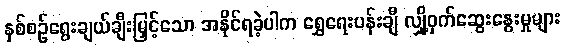
နှစ်စဉ်ရွေးချယ်ချီးမြှင့်သော အနိုင်ရခဲ့ပါက ရွှေရေးပန်းချီ လျှို့ဝှက်ဆွေးနွေးမှုများ